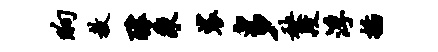
晌教醵乘裟多秧段浮插